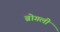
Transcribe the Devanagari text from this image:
ब्रोगली